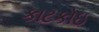
કાટકોઇ